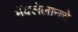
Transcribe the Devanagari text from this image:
मॅक्लेलानचे